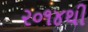
૨૦૧૪થી